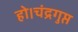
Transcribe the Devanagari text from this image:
हो।चंद्रगुप्त